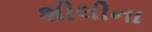
શીલીના